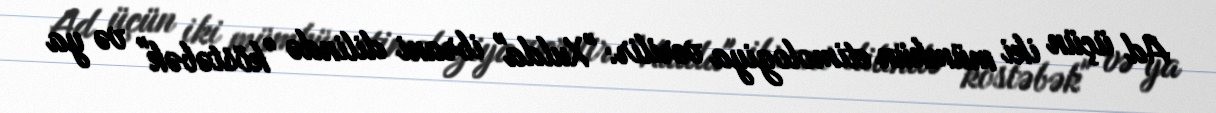
Ad üçün iki mümkün etimologiya verilir: "Xulda" ibrani dilində "köstəbək" və ya